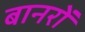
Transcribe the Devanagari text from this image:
बानरों